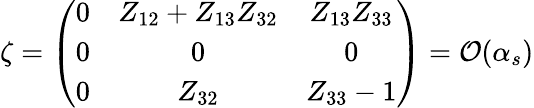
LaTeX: \zeta=\left(\begin{array}{ccc}{{0}}&{{Z_{12}+Z_{13}Z_{32}}}&{{Z_{13}Z_{33}}}\\ {{0}}&{{0}}&{{0}}\\ {{0}}&{{Z_{32}}}&{{Z_{33}-1}}\end{array}\right)={\cal O}(\alpha_{s})